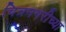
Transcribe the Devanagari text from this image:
चित्रनगरीच्या